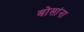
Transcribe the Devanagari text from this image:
बोसांना